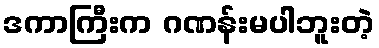
ဒကာကြီးက ဂဏန်းမပါဘူးတဲ့